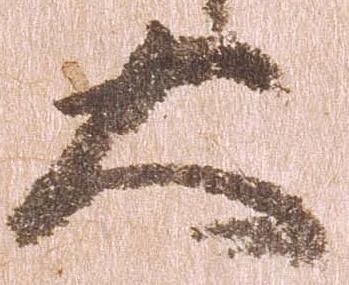
大